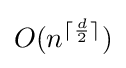
O(n^{\lceil {\frac {d}{2}}\rceil })